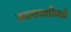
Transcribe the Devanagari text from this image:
कालावधीमधे